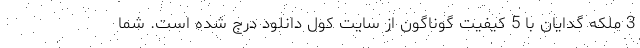
3 ملکه گدایان با 5 کیفیت گوناگون از سایت کول دانلود درج شده است. شما